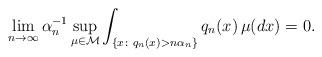
LaTeX: \begin{align*}\lim_{n\to\infty}\alpha_n^{-1}\sup_{\mu\in\mathcal{M}}\int_{\{x\colon q_n(x)> n\alpha_n\}} q_n(x)\,\mu(dx)=0.\end{align*}